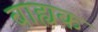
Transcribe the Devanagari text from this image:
बाह्यक